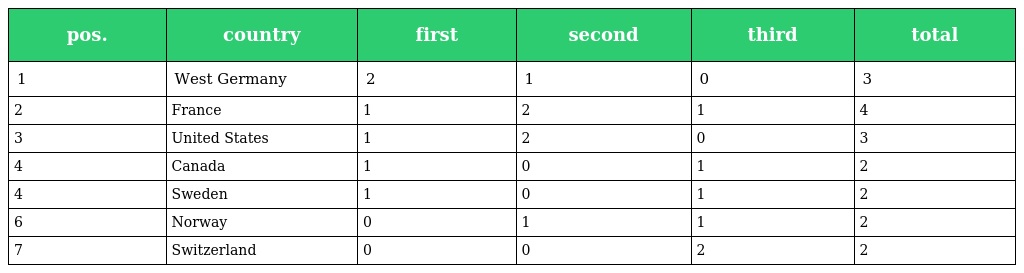
| pos. | country | first | second | third | total |
 | --- | --- | --- | --- | --- | --- |
 | 1 | West Germany | 2 | 1 | 0 | 3 |
 | 2 | France | 1 | 2 | 1 | 4 |
 | 3 | United States | 1 | 2 | 0 | 3 |
 | 4 | Canada | 1 | 0 | 1 | 2 |
 | 4 | Sweden | 1 | 0 | 1 | 2 |
 | 6 | Norway | 0 | 1 | 1 | 2 |
 | 7 | Switzerland | 0 | 0 | 2 | 2 |